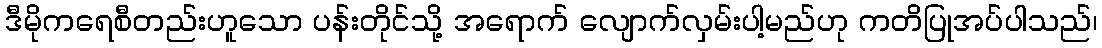
ဒီမိုကရေစီတည်းဟူသော ပန်းတိုင်သို့ အရောက် လျောက်လှမ်းပါ့မည်ဟု ကတိပြုအပ်ပါသည်၊